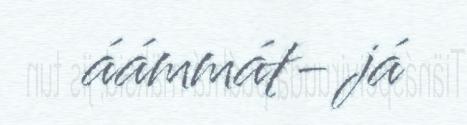
áámmát- já